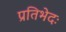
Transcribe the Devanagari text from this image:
प्रतिभेदः